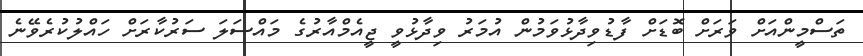
ތަސްމީންއަށް ވަރަށް ބޮޑަށް ފާޑުވިދާޅުވަމުން އުމަރު ވިދާޅުވީ ޖީއެމްއާރުގެ މައްސަލަ ސަރުކާރަށް ހައްލުކުރެވޭނެ